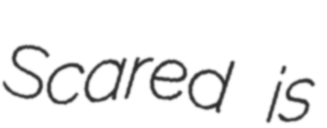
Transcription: Scared is